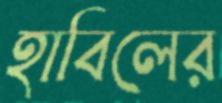
হাবিলের